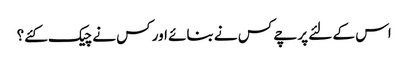
اس کے لئے پرچے کس نے بنائے اور کس نے چیک کئے؟